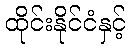
ထိုင်းနိုင်ငံနှင့်